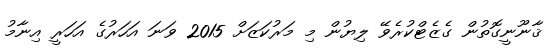
ޤާނޫނީގޮތުން ގެޒެޓްކުރެވޭ ލިޔުން މި މަރުކަޒަށް 2015 ވަނަ އަހަރުގެ އަހަރީ އިނާމު